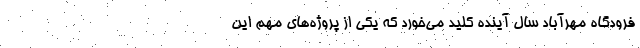
فرودگاه مهرآباد سال آینده کلید می‌خورد که یکی از پروژه‌های مهم این